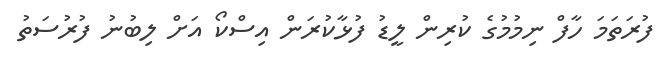
ފުރަތަމަ ހާފް ނިމުމުގެ ކުރިން ލީޑު ފުޅާކުރަން އިސްކޯ އަށް ލިބުނު ފުރުސަތު